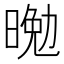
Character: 𭦴